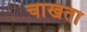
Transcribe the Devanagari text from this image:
चाखता